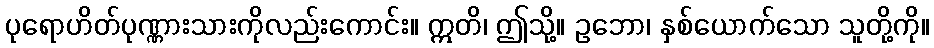
ပုရောဟိတ်ပုဏ္ဏားသားကိုလည်းကောင်း။ ဣတိ၊ ဤသို့။ ဥဘော၊ နှစ်ယောက်သော သူတို့ကို။